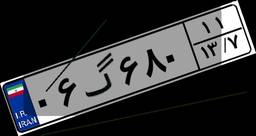
۹۸گ۴۶۰۲۴